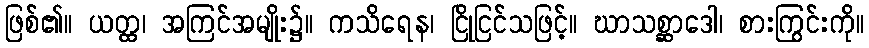
ဖြစ်၏။ ယတ္ထ၊ အကြင်အမျိုး၌။ ကသိရေန၊ ငြိုငြင်သဖြင့်။ ဃာသစ္ဆာဒေါ၊ စားကြွင်းကို။